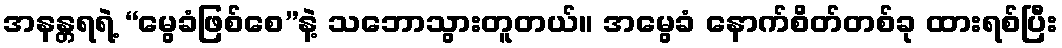
အနန္တရရဲ့ “မွေခံဖြစ်စေ”နဲ့ သဘောသွားတူတယ်။ အမွေခံ နောက်စိတ်တစ်ခု ထားရစ်ပြီး